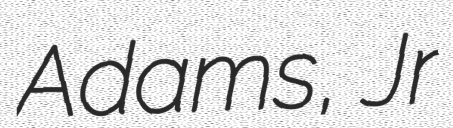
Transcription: Adams, Jr